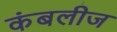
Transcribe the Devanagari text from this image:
कंबलीज